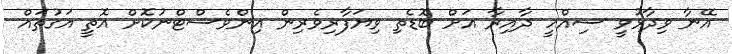
އޭނާ ވިދާޅުވީ ސިއްހީ ދާއިރާ އަށް ބޮޑެތި ވިޔަފާރިވެރިން އިންވެސްޓްނުކޮށް އޮތީ އަގުތައް